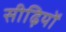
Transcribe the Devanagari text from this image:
सीढ़ियों